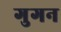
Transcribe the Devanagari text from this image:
गुगन